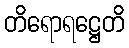
တိရောရဋ္ဌေတိ